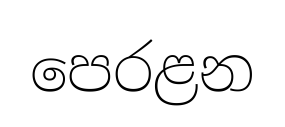
පෙරළන